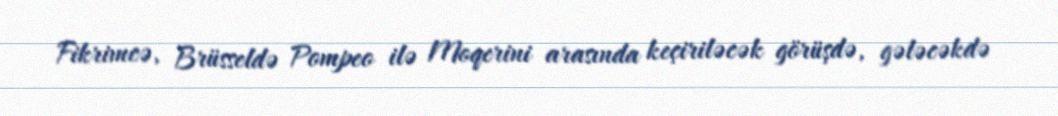
Fikrimcə, Brüsseldə Pompeo ilə Moqerini arasında keçiriləcək görüşdə, gələcəkdə